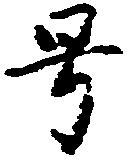
号